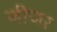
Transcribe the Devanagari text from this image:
जीजर